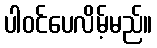
ပါဝင်ပေလိမ့်မည်။